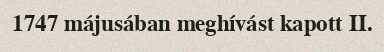
1747 májusában meghívást kapott II.